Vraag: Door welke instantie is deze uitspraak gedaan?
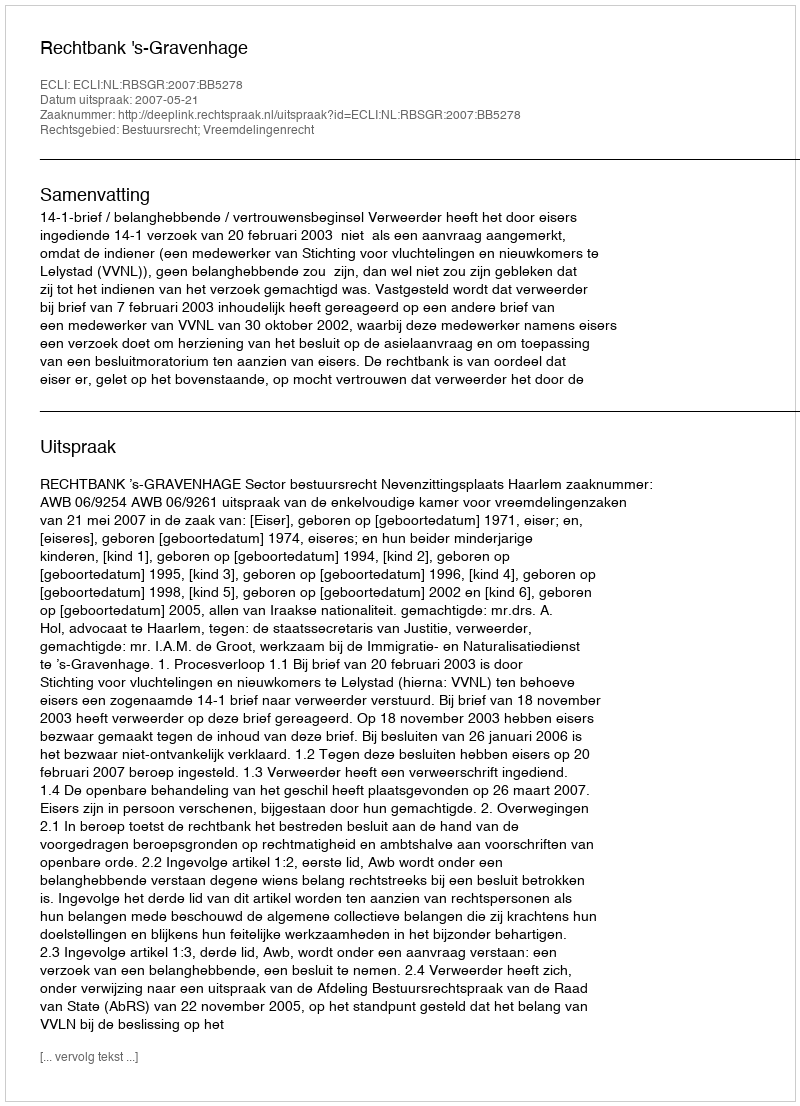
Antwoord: Rechtbank 's-Gravenhage